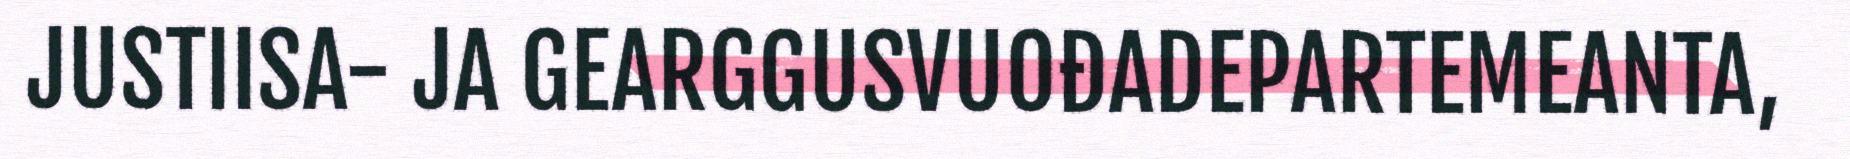
JUSTIISA- JA GEARGGUSVUOĐADEPARTEMEANTA,